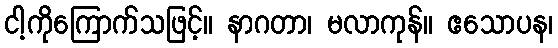
ငါ့ကိုကြောက်သဖြင့်။ နာဂတာ၊ မလာကုန်။ ဧသောပန၊